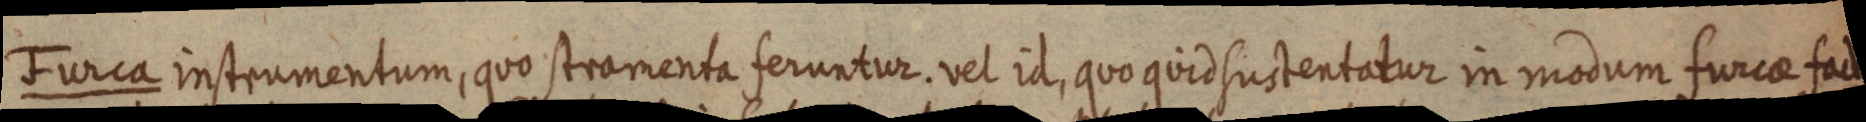
Furca instrumentum, quo stramenta feruntur. vel id, quo quid sustentatur in modum furcae factum